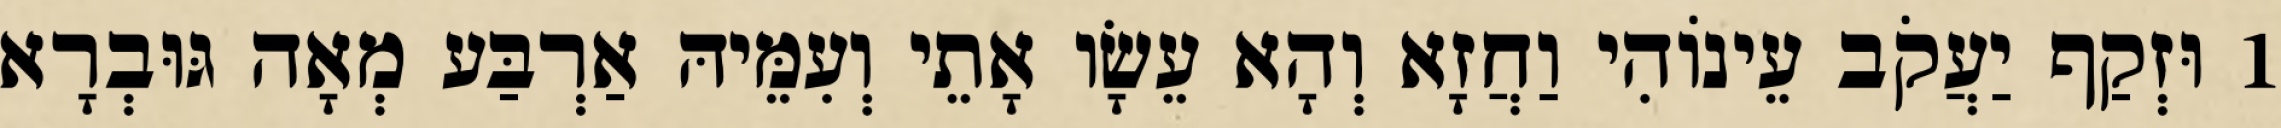
1 וּזְקַף יַעֲקֹב עֵינוֹהִי וַחֲזָא וְהָא עֵשָׂו אָתֵי וְעִמֵּיהּ אַרְבַּע מְאָה גּוּבְרָא